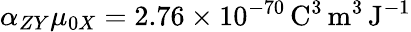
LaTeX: \alpha_{ZY}\mu_{0X}=2.76\times 10^{-70}\, \mathrm{C}^{3}\, \mathrm{m}^{3}\, \mathrm{J}^{-1}